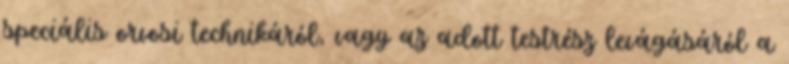
speciális orvosi technikáról, vagy az adott testrész levágásáról a